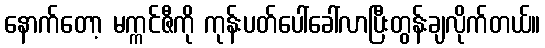
နောက်တော့ မက္ကင်ဇီကို ကုန်းပတ်ပေါ်ခေါ်လာပြီးတွန်းချလိုက်တယ်။